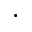
\cdot